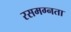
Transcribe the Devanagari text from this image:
रसमग्नता